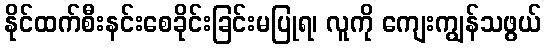
နိုင်ထက်စီးနင်းစေခိုင်းခြင်းမပြုရ၊ လူကို ကျေးကျွန်သဖွယ်